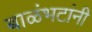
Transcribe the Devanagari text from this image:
बाळंभटांनी